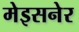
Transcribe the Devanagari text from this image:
मेइसनेर